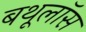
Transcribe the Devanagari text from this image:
बथूलॉस